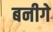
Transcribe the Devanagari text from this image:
बनीगे